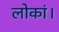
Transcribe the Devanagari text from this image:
लोकां।